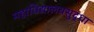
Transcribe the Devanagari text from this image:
महाविद्यालयसुद्धा